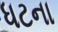
ધટના